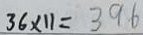
3 6 \times 1 1 = 3 9 6